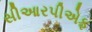
સીઆરપીએફ